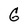
Character: G